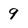
Character: 9